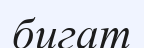
бигат